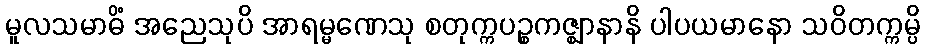
မူလသမာဓိံ အညေသုပိ အာရမ္မဏေသု စတုက္ကပဉ္စကဇ္ဈာနာနိ ပါပယမာနော သဝိတက္ကမ္ပိ